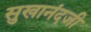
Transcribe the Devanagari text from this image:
सुखानंदजी